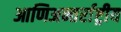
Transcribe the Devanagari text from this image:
आणिअन्तर्राष्ट्रीय